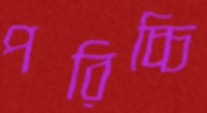
পরিচ্চি